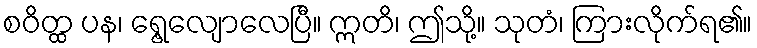
စဝိတ္ထ ပန၊ ရွေ့လျောလေပြီ။ ဣတိ၊ ဤသို့။ သုတံ၊ ကြားလိုက်ရ၏။